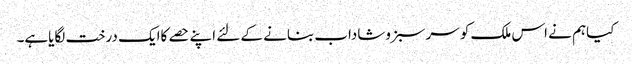
کیاہم نے اس ملک کو سرسبزوشاداب بنانے کے لئے اپنے حصے کاایک درخت لگایاہے۔